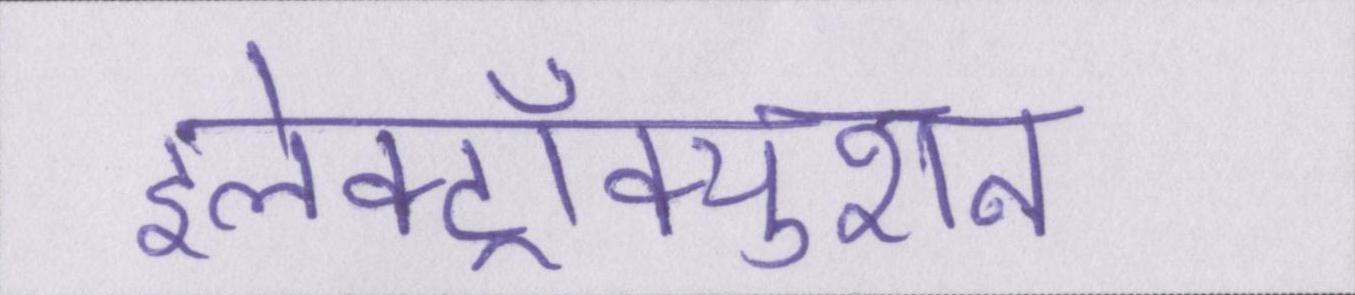
इलेक्ट्रॉक्युशन